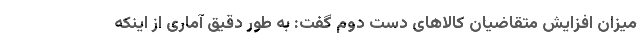
میزان افزایش متقاضیان کالاهای دست دوم گفت:‌ به طور دقیق آماری از اینکه